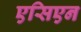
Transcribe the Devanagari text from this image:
एसिएन